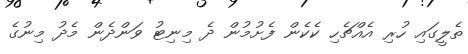
ތެލީގައި ހުރި އެއްޗެހި ކެކެން ފެށުމުން ދެ މިނިޓު ވަންދެން މެދު މިނުގެ